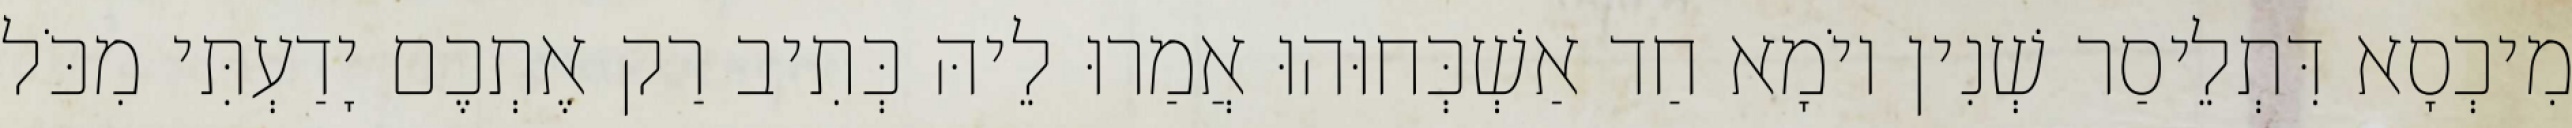
מִיכְסָא דִּתְלֵיסַר שְׁנִין יוֹמָא חַד אַשְׁכְּחוּהוּ אֲמַרוּ לֵיהּ כְּתִיב רַק אֶתְכֶם יָדַעְתִּי מִכֹּל